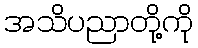
အသိပညာတို့ကို